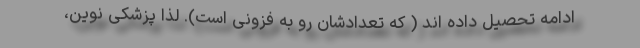
ادامه تحصیل داده اند ( که تعدادشان رو به فزونی است). لذا پزشکی نوین،